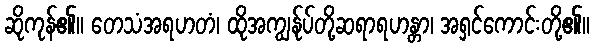
ဆိုကုန်၏။ တေသံအရဟတံ၊ ထိုအကျွန်ုပ်တို့ဆရာရဟန္တာ၊ အရှင်ကောင်းတို့၏။